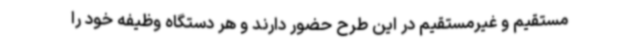
مستقیم و غیرمستقیم در این طرح حضور دارند و هر دستگاه وظیفه خود را